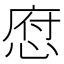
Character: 𢜆